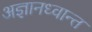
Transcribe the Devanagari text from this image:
अज्ञानध्वान्त